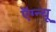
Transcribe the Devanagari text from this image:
ऍग्न्यू